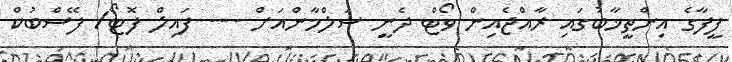
ފީފާގެ އިންތީޚާބުގައި ރާއްޖެއިން ވޯޓް ދެނީ ސަލްމާންއަށް --- ފައިލް ފޮޓޯ/ ފޭސްބުކް